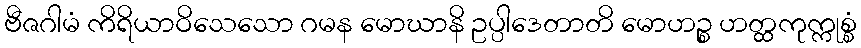
ဗီဇဂါမံ ကိရိယာဝိသေသော ဂမန မောဃာနိ ဥပ္ပါဒေတာတိ မောဟဉ္စ ဟတ္ထကုက္ကုစ္စံ